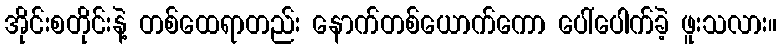
အိုင်းစတိုင်းနဲ့ တစ်ထေရာတည်း နောက်တစ်ယောက်ကော ပေါ်ပေါက်ခဲ့ ဖူးသလား။